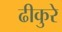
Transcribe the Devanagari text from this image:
ढीकुरे